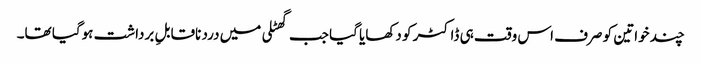
چند خواتین کو صرف اس وقت ہی ڈاکٹر کو دکھایا گیا جب گھٹلی میں درد ناقابلِ برداشت ہوگیا تھا۔